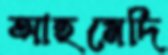
আহমেদি